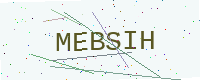
Text: MEBSIH